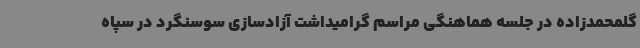
گلمحمدزاده در جلسه هماهنگی مراسم گرامیداشت آزادسازی سوسنگرد در سپاه